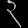
Digit: ၃